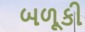
બળૂકી